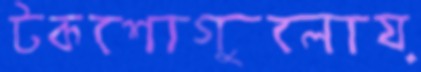
টকশোগুলোয়